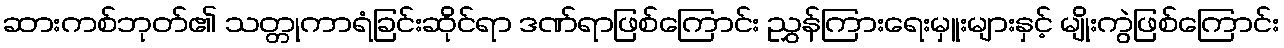
ဆားကစ်ဘုတ်၏ သတ္တုကာရံခြင်းဆိုင်ရာ ဒဏ်ရာဖြစ်ကြောင်း ညွှန်ကြားရေးမှူးများနှင့် မျိုးကွဲဖြစ်ကြောင်း